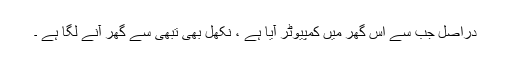
دراصل جب سے اِس گھر میں کمپیوٹر آیا ہے ، نکھل بھی تبھی سے گھر آنے لگا ہے ۔